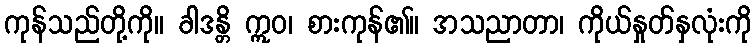
ကုန်သည်တို့ကို။ ခါဒန္တိ ဣဝ၊ စားကုန်၏။ အသညာတာ၊ ကိုယ်နှုတ်နှလုံးကို